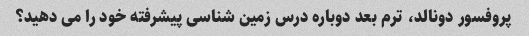
پروفسور دونالد، ترم بعد دوباره درس زمین شناسی پیشرفته خود را می دهید؟